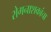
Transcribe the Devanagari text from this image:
रोगनाशकांचा